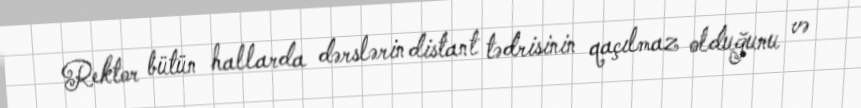
Rektor bütün hallarda dərslərin distant tədrisinin qaçılmaz olduğunu və